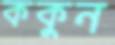
ককুন